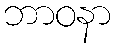
ဘာဝနာ